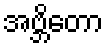
အဗ္ဘိတော